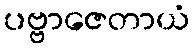
ပဗ္ဗာဇေတာယံ